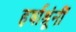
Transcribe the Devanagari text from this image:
हर्षाश्रूंनीं